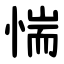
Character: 惴